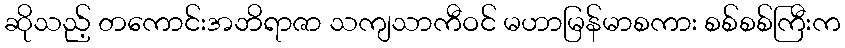
ဆိုသည့် တကောင်းအဘိရာဇာ သကျသာကီဝင် မဟာမြန်မာစကား စစ်စစ်ကြီးက